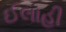
ઈલાહી